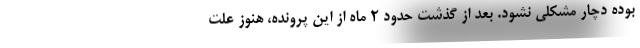
بوده دچار مشکلی نشود. بعد از گذشت حدود ۲ ماه از این پرونده، هنوز علت